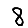
Digit: 8